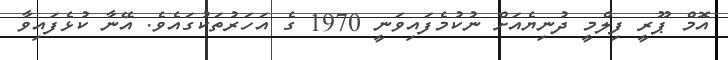
އޮމް ޕޫރީ ފިލްމީ ދުނިޔެއަށް ނުކުމެފައިވަނީ 1970 ގެ އަހަރުތަކުގައެވެ. އޭނާ ކުޅެފައިވާ